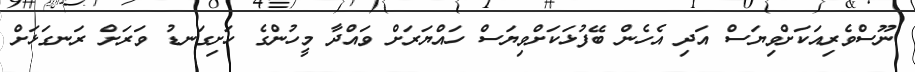
ނޫސްވެރިއަކަށްވިޔަސް އަދި އެހެން ބޭފުޅަކަށްވިޔަސް ހައްޔަރަށް ވައްދާ މީހުންގެ ހަށިގަނޑު ވަރަށް ރަނގަޅަށް